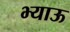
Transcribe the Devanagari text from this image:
भ्याऊ